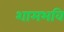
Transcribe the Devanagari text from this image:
शामभवि